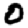
Digit: 0